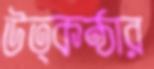
উত্কণ্ঠার